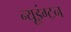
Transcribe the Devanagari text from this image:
न्यूइंग्टन